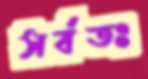
সর্বতঃ